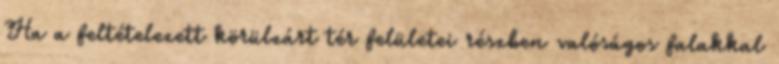
Ha a feltételezett körülzárt tér felületei részben valóságos falakkal